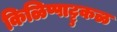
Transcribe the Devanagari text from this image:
किळिप्पाट्टुकळ